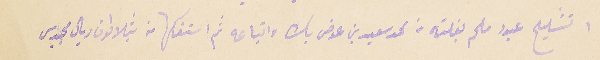
ا تشليح عبود ملحم بغلته من محمد سعيد بن عوض بك واتباعه ثم استفكها منه بثلاثون ريال مجيدى